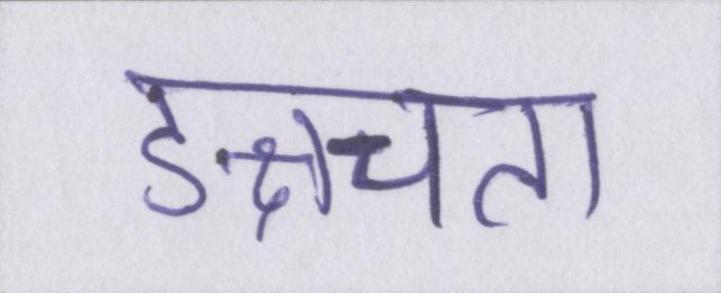
ङ्क्षचता